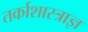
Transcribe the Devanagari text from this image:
तर्काशास्त्राज्ञ